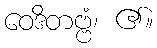
ဝေဒိတဗ္ဗံ၊ ၏။